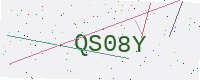
Text: QS08Y